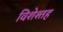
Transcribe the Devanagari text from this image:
विशेश्तह